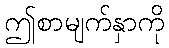
ဤစာမျက်နှာကို